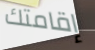
إقامتك